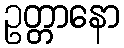
ဥတ္တာနော